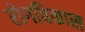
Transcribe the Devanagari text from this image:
रोगविकास